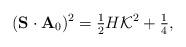
LaTeX: \begin{align*} ({\bf S}\cdot{\bf A}_{0})^{2}=\mbox{$\frac{1}{2}$}H{\cal K}^{2}+\mbox{$\frac{1}{4}$},\end{align*}